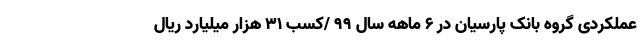
عملکردی گروه بانک پارسیان در 6 ماهه سال 99 /کسب 31 هزار میلیارد ریال